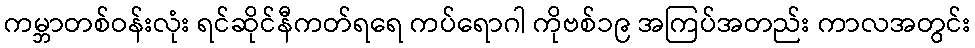
ကမ္ဘာတစ်ဝန်းလုံး ရင်ဆိုင်နီကတ်ရရေ ကပ်ရောဂါ ကိုဗစ်၁၉ အကြပ်အတည်း ကာလအတွင်း